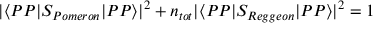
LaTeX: | \langle P P | S _ { P o m e r o n } | P P \rangle | ^ { 2 } + n _ { t o t } | \langle P P | S _ { R e g g e o n } | P P \rangle | ^ { 2 } = 1